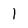
Character: l